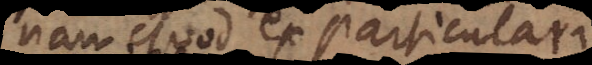
nam quod ex particular